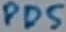
Text: PD5